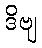
ဒိဗျ